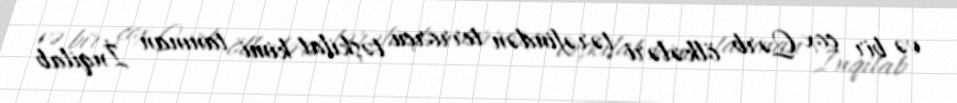
və bir çox Qərb ölkələri tərəfindən terrorçu təşkilat kimi tanınan İnqilab